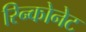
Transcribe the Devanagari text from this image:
रिन्कोनेट